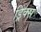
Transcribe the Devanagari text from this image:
ड्रिंक्‍स